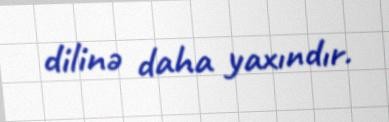
dilinə daha yaxındır.